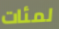
لمئات